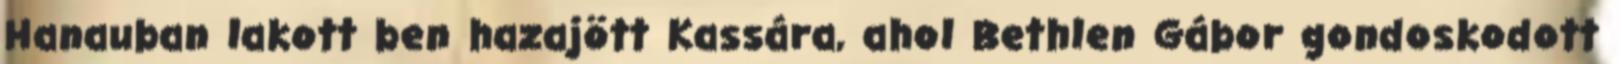
Hanauban lakott ben hazajött Kassára, ahol Bethlen Gábor gondoskodott